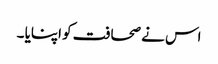
اس نے صحافت کو اپنایا ۔